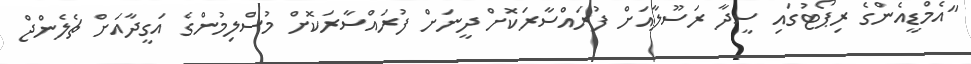
"އެމްޑީއެންގެ ރިޕޯޓުގައި ސީދާ ރަސޫލާއަށް ފުރައްސާރަކޮށް ދީނަށް ފުރައްސާރަކޮށް މުސްލިމުންގެ އަގީދާއަށް ޗެލެންޖް